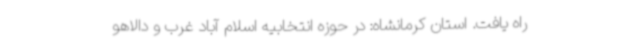
راه یافت. استان کرمانشاه: در حوزه انتخابیه اسلام آباد غرب و دالاهو